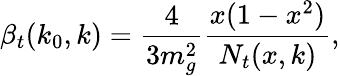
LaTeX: \beta_{t}(k_{0},k)={\frac{4}{3m_{g}^{2}}}{\frac{x(1-x^{2})}{N_{t}(x,k)}},